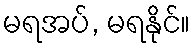
မရအပ်, မရနိုင်။